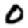
Digit: 0